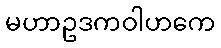
မဟာဥဒကဝါဟကေ